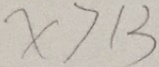
x > 1 3